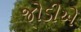
જોડીએ